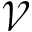
\mathcal { V }